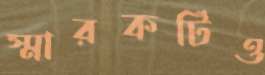
স্মারকটিও